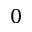
0